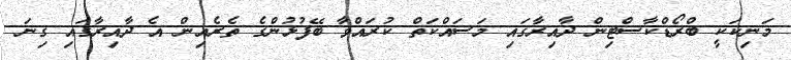
މަނިކަކީ ބްރޯޑްކާސްޓިން ދާއިރާގައި މަސައްކަތް ކުރައްވާ ބޭފުޅުންގެ ތެރެއިން އެ ދާއިރާގައި ގިނަ